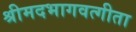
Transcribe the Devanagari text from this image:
श्रीमदभागवत्गीता